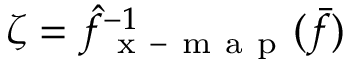
\zeta = \hat { f } _ { \mathrm { ~ x ~ - ~ m ~ a ~ p ~ } } ^ { - 1 } ( \bar { f } )